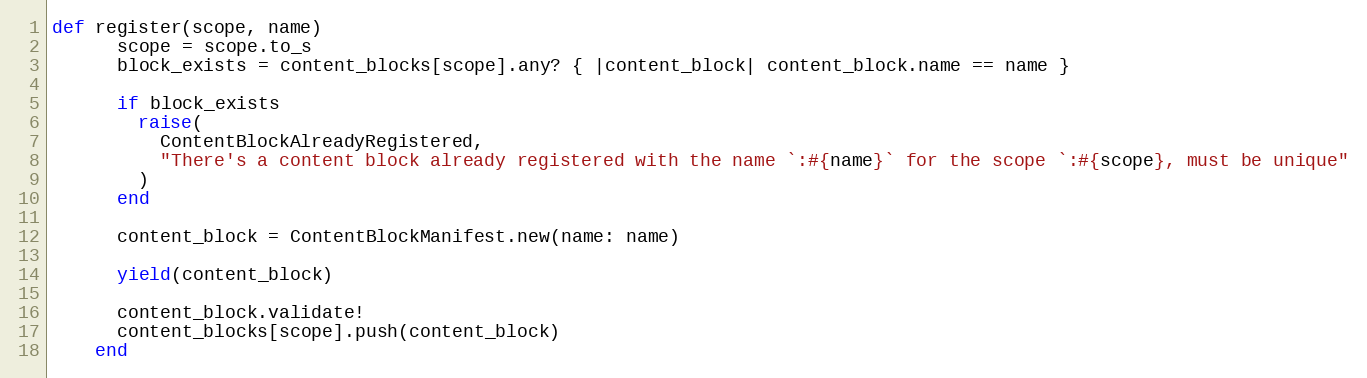
Language: Ruby
def register(scope, name)
      scope = scope.to_s
      block_exists = content_blocks[scope].any? { |content_block| content_block.name == name }

      if block_exists
        raise(
          ContentBlockAlreadyRegistered,
          "There's a content block already registered with the name `:#{name}` for the scope `:#{scope}, must be unique"
        )
      end

      content_block = ContentBlockManifest.new(name: name)

      yield(content_block)

      content_block.validate!
      content_blocks[scope].push(content_block)
    end